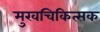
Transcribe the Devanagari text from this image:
मुखचिकित्सक